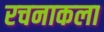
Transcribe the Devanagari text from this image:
रचनाकला